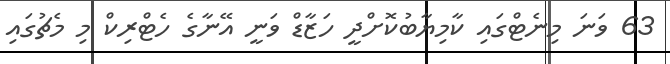
63 ވަނަ މިނެޓްގައި ކާމިޔާބުކޮށްދީ ހަޒާޑް ވަނީ އޭނާގެ ހެޓްރިކް މި މެޗުގައި